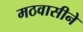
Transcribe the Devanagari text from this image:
मठवासीने